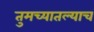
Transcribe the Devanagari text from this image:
तुमच्यातल्याच